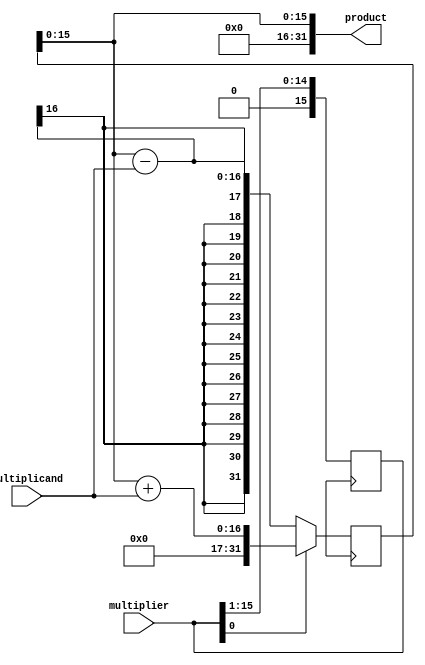
module booth_multiplier (
    input wire [15:0] multiplicand,
    input wire [15:0] multiplier,
    output reg [31:0] product
);

reg [31:0] partial_product;
reg [4:0] count;

always @ (multiplicand or multiplier) begin
    count <= 0;
    partial_product <= {16{multiplicand[15]}};
end

always @ (posedge clock) begin
    if (count < 16) begin
        if (multiplier[0] == 1 && count < 15)
            partial_product <= partial_product + (multiplicand << count);
        else if (multiplier[0] == 0 && count < 15)
            partial_product <= partial_product - (multiplicand << count);

        multiplier <= multiplier >> 1;
        count <= count + 1;
    end
end

assign product = partial_product;

endmodule